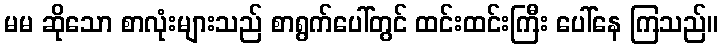
မမ ဆိုသော စာလုံးများသည် စာရွက်ပေါ်တွင် ထင်းထင်းကြီး ပေါ်နေ ကြသည်။